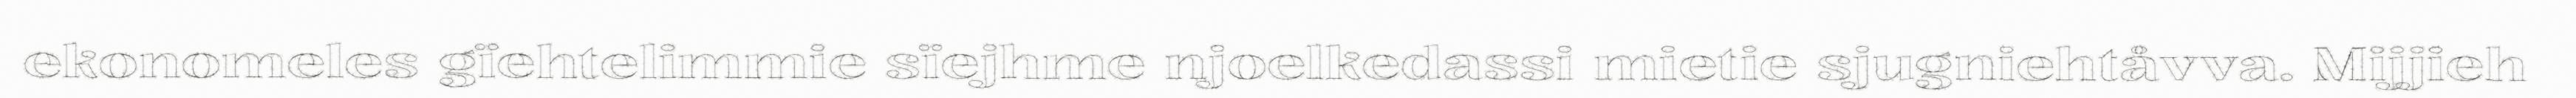
ekonomeles gïehtelimmie sïejhme njoelkedassi mietie sjugniehtåvva. Mijjieh